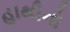
હાથીનો